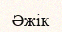
Әжік